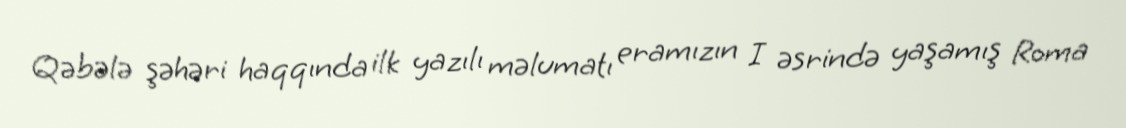
Qəbələ şəhəri haqqında ilk yazılı məlumatı eramızın I əsrində yaşamış Roma